Report on the bubonic plague in Bombay, 1896-1897
Year: 1896
Disease focus: Plague
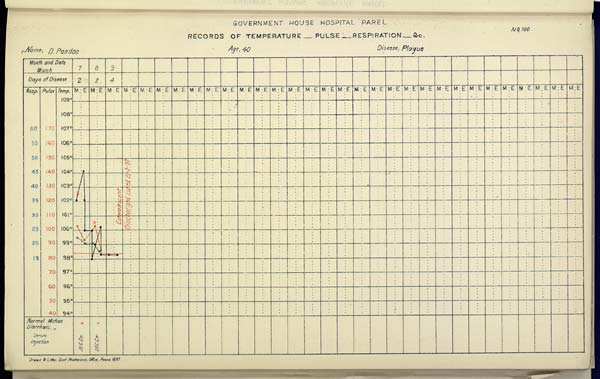
GOVERNMENT HOUSE HOSPITAL PAREL
No. 100
RECORDS OF TEMPERATURE __ PULSE __ RESPIRATION __ &c.
Name,
D.
Pandoo
Age,
40
Disease,
Plague
Drawn & Litho: Govt. Photozinco: Office, Poona 1897.